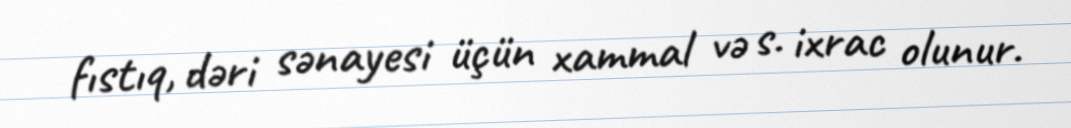
fıstıq, dəri sənayesi üçün xammal və s. ixrac olunur.